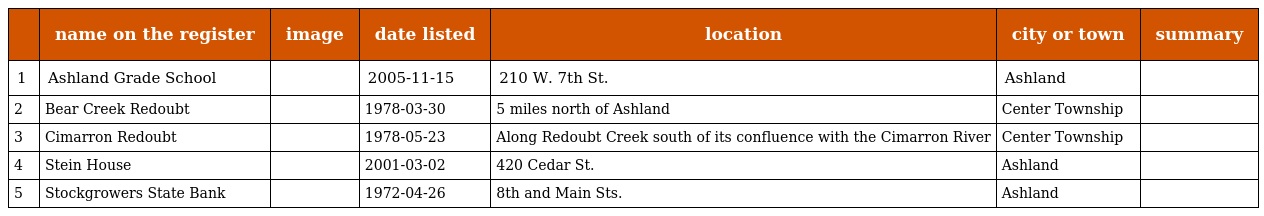
|  | name on the register | image | date listed | location | city or town | summary |
 | --- | --- | --- | --- | --- | --- | --- |
 | 1 | Ashland Grade School |  | 2005-11-15 | 210 W. 7th St. | Ashland |  |
 | 2 | Bear Creek Redoubt |  | 1978-03-30 | 5 miles north of Ashland | Center Township |  |
 | 3 | Cimarron Redoubt |  | 1978-05-23 | Along Redoubt Creek south of its confluence with the Cimarron River | Center Township |  |
 | 4 | Stein House |  | 2001-03-02 | 420 Cedar St. | Ashland |  |
 | 5 | Stockgrowers State Bank |  | 1972-04-26 | 8th and Main Sts. | Ashland |  |